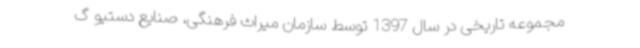
مجموعه تاریخی در سال 1397 توسط سازمان میراث فرهنگی، صنایع دستیو گ